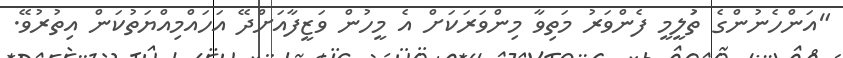
"އަންހެނުންގެ ތަުލީމީ ފެންވަރު މަތިވާ މިންވަރަކަށް އެ މީހުން ވަޒީފާއަށްދޭ އަހައްމިއްޔަތުކަން އިތުރުވޭ.